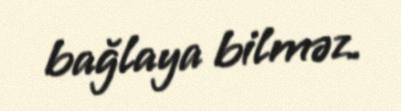
bağlaya bilməz.